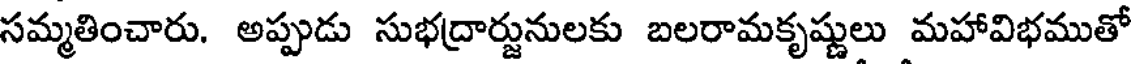
సమ్మతించారు. అప్పుడు సుభద్రార్జునులకు బలరామకృష్ణులు మహావిభముతో